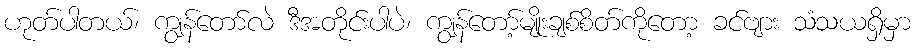
ဟုတ်ပါတယ်၊ ကျွန်တော်လဲ ဒီအတိုင်းပါပဲ၊ ကျွန်တော့်မျိုးချစ်စိတ်ကိုတော့ ခင်ဗျား သံသယရှိမှာ